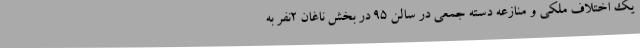
یک اختلاف ملکی و منازعه دسته جمعی در سالن ۹۵ در بخش ناغان ۲نفر به